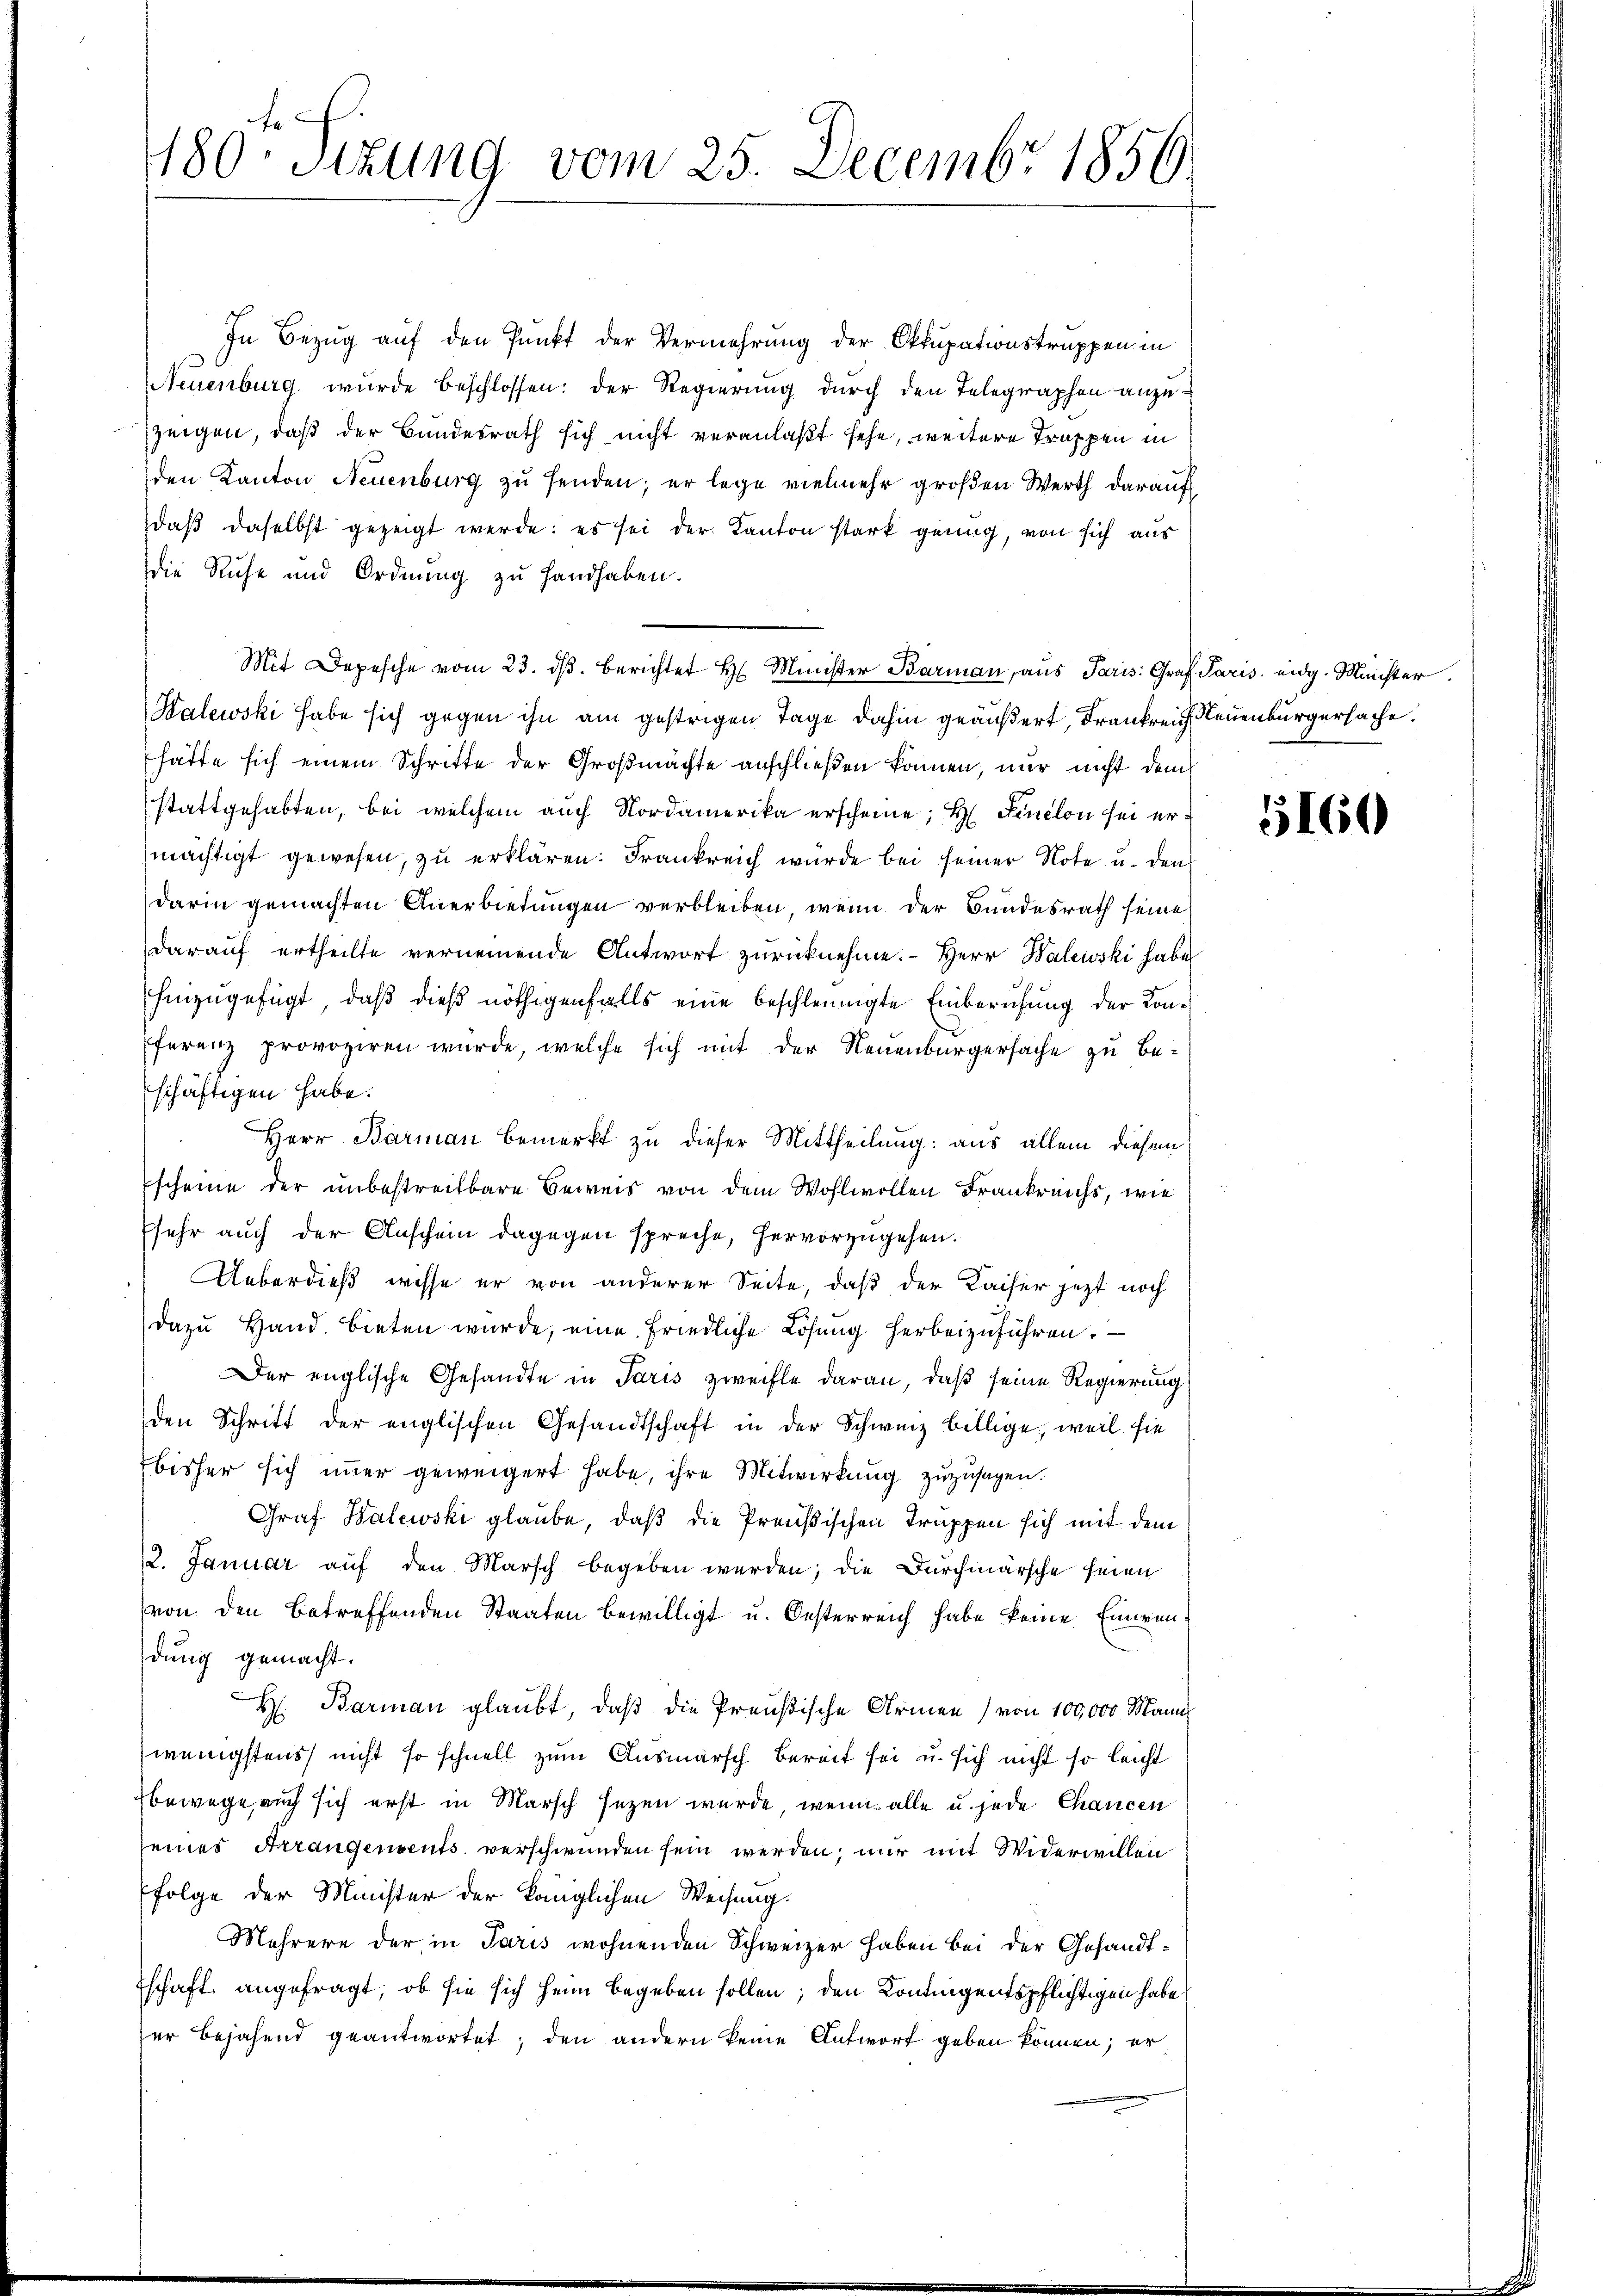
180 Stzung vom 25. Decembr 1856

In Bezug auf den Punkt der Vermehrung der Okkupationstruppen in
NNeuenburg wurde beschlossen: der Regierung durch den Telegraphen anzuzeigen, daß der Bundesrath sich nicht veranlaßt sehe, weitere Trappen in
den Kanton Neuenburg zu senden; er lege vielmehr großen Werth darauf
daß daselbst gezeigt werde: es sei der Kanton stark genug, von sich aus
die Ruhe und Ordnung zu Handhaben.
Mit Depesche vom 23. dβ. berichtet H. Minister Barman, aus Paris. Graf Paris eidg. Meister
Kalewski habe sich gegen ihn am gestrigen Tage dahin geäußert, Frankreich Neuenburgersache.
hätte sich einem Schritte der Großmachte anschließen können, nur nicht dem
stattgehabten, bei welchem auch Nordamerika erscheine; H. Finclon sei ermächtigt gewesen, zu erklären. Frankreich würde bei seiner Note u. den
darin gemachten Anerbietungen verbleiben, wenn der Bundesrath seine
darauf ertheilte vernennende Antwort zurücknehme. Herr Walewski habe
hinzugefügt, daß dies nöthigenfalls eine beschleunigte Einberufung der Konferenz provoziren wurde, welche sich mit der Neuenburgersache zu beschäftigen habe.
Herr Barman bemerkt zu dieser Mittheilung: aus allem diesem
scheine der unbestreitbare Beweis von dem Wohlwollen Frankreichs, wie
sehr auch der Anschein dagegen spreche, hervorzugehen.
Ueberdieß, wisse er von anderer Seite, daß der Kaiser jetzt noch
dazŭ Hand bieten wurde, eine friedliche Lösung herbeizuführen.
Der englische Gesandte in Paris zweifle daran, daß seine Regierung
den Schritt der englischen Gesandtschaft in der Schweiz billige, weil sie
bisher sich immer geweigert habe, ihre Mitwirkung zuzusagen.
Graf Balewski glaube, daß die Preußischen Truppen sich mit dem
12. Januar aŭf den Marsch begeben werden; die Durchmärsche seien
von den betreffenden Staaten bewilligt u. Oesterreich habe keine Einwendung gemacht.
H. Barman glaubt, daß die Preußische Armen) von 100,000 Mann
wenigstens nicht so schnell zum Ausmarsch bereit sei u. sich nicht so leicht
bewege auch sich erst in Marsch sezen wurde, wenn alle u. jede Chancen
seines Arrangensents verschwunden sein werden; nur mit Widerwillen
folge der Minister der känglichen Weisung.
Mehrere der in Paris wohnenden Schweizer haben bei der Gesandt¬
Tschaft angefragt, ob sie sich heim begeben sollen; den Kontigentspflichtigen habe,
er bejahend geantwortet, den andern keine Antwort geben können; er

5160